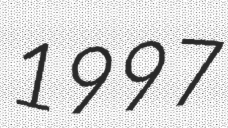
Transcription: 1997